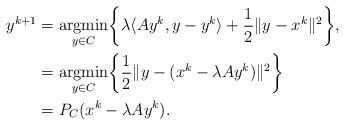
LaTeX: \begin{align*}y^{k+1}&=\underset{y\in C}{\textup{argmin}}\bigg\{\lambda \langle Ay^k,y-y^k\rangle+\dfrac{1}{2}\|y-x^{k}\|^2\bigg\},\\&=\underset{y\in C}{\textup{argmin}}\bigg\{\dfrac{1}{2}\|y-(x^{k}-\lambda Ay^k)\|^2\bigg\}\\&=P_C(x^{k}-\lambda Ay^k).\end{align*}